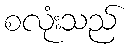
စလုံးသည်